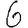
Digit: 6